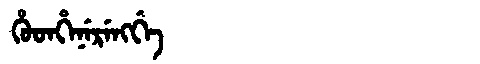
Manchu: ᡥᡠᡨᡥᡝᠨᡝᡵᡝᠩᡤᡝ
Romanization: HUTHENERENGGE